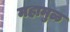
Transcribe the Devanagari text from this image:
महामुळ